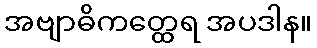
အဗျာဓိကတ္ထေရ အပဒါန။